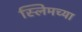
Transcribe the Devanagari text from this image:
स्लिमच्या